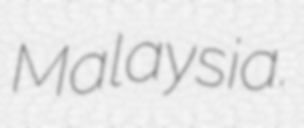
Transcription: Malaysia.